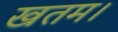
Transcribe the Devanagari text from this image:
खतम।